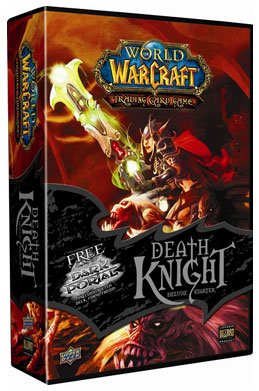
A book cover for World of Warcraft TCG: Death Knight Deluxe Starter; Upper Deck; Science Fiction & Fantasy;